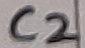
Text: C2